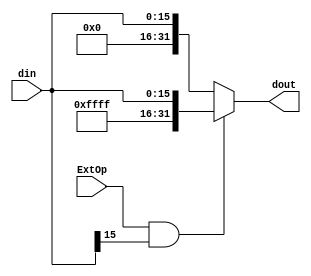
module extender (din, dout, ExtOp);
  input [15:0] din;
  output [31:0] dout;
  input ExtOp;
  
  assign dout = (ExtOp && din[15]) == 1 ? {16'hffff, din} : {16'h0, din};

endmodule